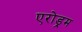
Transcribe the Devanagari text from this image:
एरोड्रम